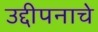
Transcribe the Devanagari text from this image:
उद्दीपनाचे